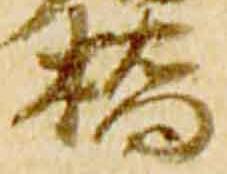
橋